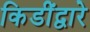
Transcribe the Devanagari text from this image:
किडींद्वारे